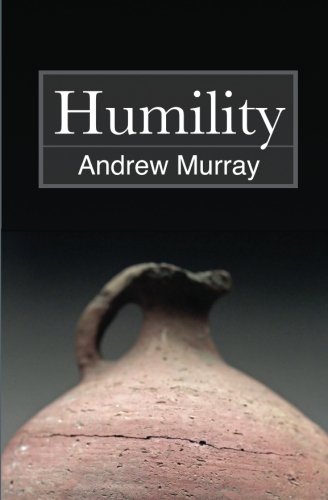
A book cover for Humility; Andrew Murray; Christian Books & Bibles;